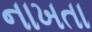
નાખતા